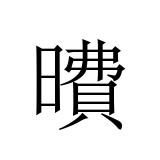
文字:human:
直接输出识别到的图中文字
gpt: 曊